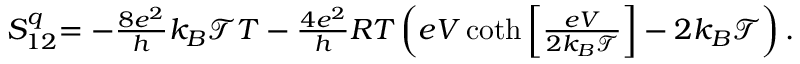
\begin{array} { r } { { S _ { 1 2 } ^ { q } } { = - \frac { 8 e ^ { 2 } } { h } k _ { B } \mathcal { T } T - \frac { 4 e ^ { 2 } } { h } R T \left( e V \coth \left[ \frac { e V } { 2 k _ { B } \mathcal { T } } \right] - 2 k _ { B } \mathcal { T } \right) . } } \end{array}